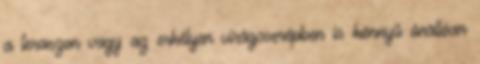
a teraszon vagy az erkélyen virágcserépben is könnyű önállóan